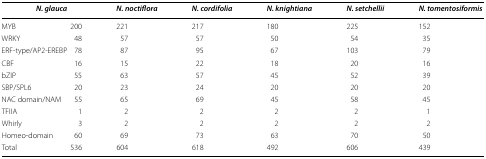
|  | <COLSPAN=2> N. glauca | N. noctiflora | N. cordifolia | N. knightiana | N. setchellii | N. tomentosiformis |
 | --- | --- | --- | --- | --- | --- | --- | --- |
 | <COLSPAN=2> MYB | 200 | 221 | 217 | 180 | 225 | 152 |
 | <COLSPAN=2> WRKY | 48 | 57 | 57 | 50 | 54 | 35 |
 | <COLSPAN=2> ERF-type/AP2-EREBP | 78 | 87 | 95 | 67 | 103 | 79 |
 | <COLSPAN=2> CBF | 16 | 15 | 22 | 18 | 20 | 16 |
 | <COLSPAN=2> bZIP | 55 | 63 | 57 | 45 | 52 | 39 |
 | <COLSPAN=2> SBP/SPL6 | 20 | 23 | 24 | 20 | 20 | 20 |
 | <COLSPAN=2> NAC domain/NAM | 55 | 65 | 69 | 45 | 58 | 45 |
 | <COLSPAN=2> TFIIA | 1 | 2 | 2 | 2 | 2 | 1 |
 | <COLSPAN=2> Whirly | 3 | 2 | 2 | 2 | 2 | 2 |
 | <COLSPAN=2> Homeo-domain | 60 | 69 | 73 | 63 | 70 | 50 |
 | <COLSPAN=2> Total | 536 | 604 | 618 | 492 | 606 | 439 |